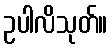
ဥပါလိသုတ်။